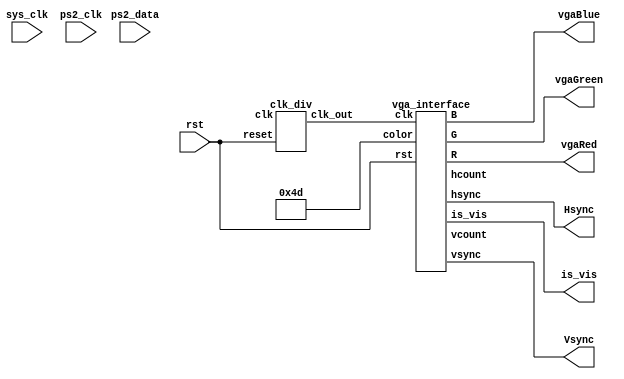
//Pressing the keys on the keyboard changes the color of the vga screen as follows:
//esc key makes the screen black
//s key makes the screen blue
//p key makes the screen brown
//r key makes the screen cyan
//up arrow key makes the screen red
//right arrow key makes the screen magenta
//down arrow key makes the screen yellow
//left arrow key makes the screen white
//These are all the keys used in the snake game
module vga_with_keyboard_input(sys_clk,rst, ps2_clk, ps2_data, vgaRed, vgaGreen, vgaBlue, Hsync, Vsync, is_vis);
input sys_clk,rst, ps2_clk, ps2_data;
output [3:0] vgaRed, vgaGreen, vgaBlue; 
output Hsync, Vsync; 
output [3:0] is_vis; 
wire [10:0] hcount,vcount; 

wire [4:0] scancode1, scancode0;
wire strobe_light;
wire [7:0] color;

//assign color = 8'h4d; //{scancode1[3:0], scancode0[3:0]}; //color is the two hex digits corresponding to the key that was pressed

//keyboard_input kbrd(sys_clk,rst, ps2_clk, ps2_data, scancode1, scanconde0, strobe_light);
//vga_top vga_display(sys_clk, color, vgaRed, vgaGreen, vgaBlue, Hsync, Vsync, is_vis, hcount, vcount);
clk_div clk_div_inst(clk, rst, clk_25); 
vga_interface vga_interface_inst(clk_25,rst, 8'h4d, vgaRed, vgaGreen, vgaBlue, Hsync,Vsync, is_vis,hcount, vcount);

endmodule




//this is the original keyboard input module
module keyboard_input(sys_clk,rst, ps2_clk, ps2_data, scancode1, scancode0, strobe_out);

input sys_clk,rst, ps2_clk, ps2_data;
output [4:0] scancode1, scancode0;
output strobe_out;

reg strobe_out, strobing;
reg [4:0] scancode1, scancode0;
reg [21:0] shift_reg; //holds two data frames
reg [23:0] strobe_counter; //keeps track of how long the strobe light is on

single_pulse strobe_pulser(sys_clk, strobing, strobing_pulse);




always @(negedge ps2_clk)
begin
   shift_reg <= {ps2_data, shift_reg[21:1]}; //right shift a data bit into the register
end

always @(posedge ps2_clk)
begin
   if(shift_reg[8:1] == 8'hF0) //if the "key up" code has been received
   begin
      scancode1 <= {1'b0, shift_reg[19:16]}; //the first hex digit of the pressed key's scancode
      scancode0 <= {1'b0, shift_reg[15:12]}; // the second hex digit of the pressed key's scancode
      strobing <= 1'b1; 
   end
   else
   begin 
      scancode1 <= scancode1;
      scancode0 <= scancode0;
      strobing <= 1'b0;
   end
end


always @(posedge sys_clk)
begin

if(rst)
begin 
strobe_out = 1'b0;
strobe_counter = 24'h000000;
strobing = 1'b0;
scancode1 = 5'h1F;
scancode0 = 5'h1F;
end


   if(strobing_pulse) strobe_counter <= 24'h989680; //100 ms worth of counts
   else if(strobe_counter != 24'h000000) 
   begin
       strobe_counter <= strobe_counter - 1;
       strobe_out <= 1'b1;
   end
   else strobe_out <= 1'b0;
end

endmodule


//below is the original vga code EXCEPT the color case statment is modified to work with the keyboard
//vsync 494 493 dwon 495 up 
//make smaller nubmers 
////////////////////////////////////////////////////////////////////////////

module vga_interface(clk,rst, color, R, G, B, hsync,vsync,is_vis, hcount, vcount);
input clk, rst; //pass in 25MHz clk "pixel clk"
input [7:0] color; //pixel color (1-7)
output [3:0] R, G, B; 
output hsync, vsync; 
output [3:0] is_vis; 
output reg [10:0] hcount,vcount; 


reg hsync, vsync; 
reg [3:0] R, G, B; 
reg [3:0] is_vis; 
//reg vis; //=1 when visible , = 0 when not visible  


always @(posedge clk)
begin 

if(rst)
begin 
hcount <=0; 
vcount <=0; 
hsync <=0; 
vsync <=0; 
is_vis <=0; 

end



//horiz
if(hcount == 10'd799) begin hcount <=0; vcount <= vcount +1;end //hcount reach end of row -> inc vcount, reset hcount 10'd799
else begin hcount <= hcount +1; end 
//vert
if(vcount == 10'd524) begin vcount <= 0; end //vcount reached end of pg reset 10'd524


//hsync, vsync 
if((hcount< 658) || (hcount> 754)) hsync <= 1; //658, 754
else hsync <= 0; 

if((vcount< 492) || (vcount> 493)) vsync <= 1; // 492, 493
else vsync <= 0; 

//visible range output R G B values 
if((hcount <= 640) && (vcount <= 480)) //640, 480
begin 

  case (color)
  8'h76: begin R = 0; G = 0; B = 0; is_vis <= 0; end //black, esc key
  
  8'h1B: begin R = 0; G = 0; B = 255; is_vis <= 1; end //blue, s key
  
  8'h4D: begin R = 165; G = 42; B = 42; is_vis <= 2; end //brown, p key
  
  8'h2D: begin R = 0; G = 139; B = 139; is_vis <= 3; end //cyan, r key
  
  8'h75: begin R = 255; G = 0; B = 0; is_vis <= 4; end //red, up arrow
  
  8'h74: begin R = 139; G = 0; B = 139; is_vis <= 5; end // magenta, right arrow
  
  8'h72: begin R = 255; G = 255; B = 0; is_vis <= 6; end //yellow, down arrow
  
  8'h6B: begin R = 255; G = 255; B = 255; is_vis <= 7; end //white, left arrow 
  
  default: begin R = 0; G = 0; B = 0; is_vis <= 8; end //black 
  endcase 

end 
else 
begin R = 0; G = 0; B = 0; is_vis<=0; end  

end 

endmodule 


module AND(a, b, out);
input a, b;
output out;

assign out = a & b;

endmodule

module DFF(clk, d, q, q_bar);
input clk, d;
output q, q_bar;

reg q, q_bar;

always @(posedge clk)
begin
  q <= d;
  q_bar <= ~d;
end

endmodule


module debounce(clk, D, SYNCPRESS);
input clk, D;
output SYNCPRESS;

DFF flop1(clk, D, flop1_Q, unused1);
DFF flop2(clk, flop1_Q, SYNCPRESS, unused2);

endmodule


module single_pulse(clk, press, SP);
input clk, press;
output SP;

debounce debouncer(clk, press, sync_press);
DFF flip_flop(clk, sync_press, unused, q_bar);
AND and_gate(sync_press, q_bar, SP);

endmodule

////////////////////////////////////////////////////////////////////////////

module clk_div (clk, reset, clk_out);
 
input clk;
input reset;
output clk_out;
 
reg [1:0] r_reg;
wire [1:0] r_nxt;
reg clk_track;
 

always @(posedge clk)
begin

if(reset)
begin 
 r_reg <= 3'b0;
 clk_track <= 1'b0;
end

else   if (r_nxt == 2'b10)
 	   begin
	     r_reg <= 0;
	     clk_track <= ~clk_track;
	   end
 
  else 
      r_reg <= r_nxt;
end
 
 assign r_nxt = r_reg+1;   	      
 assign clk_out = clk_track;
endmodule